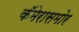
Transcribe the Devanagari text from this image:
कॅमेरासमोर